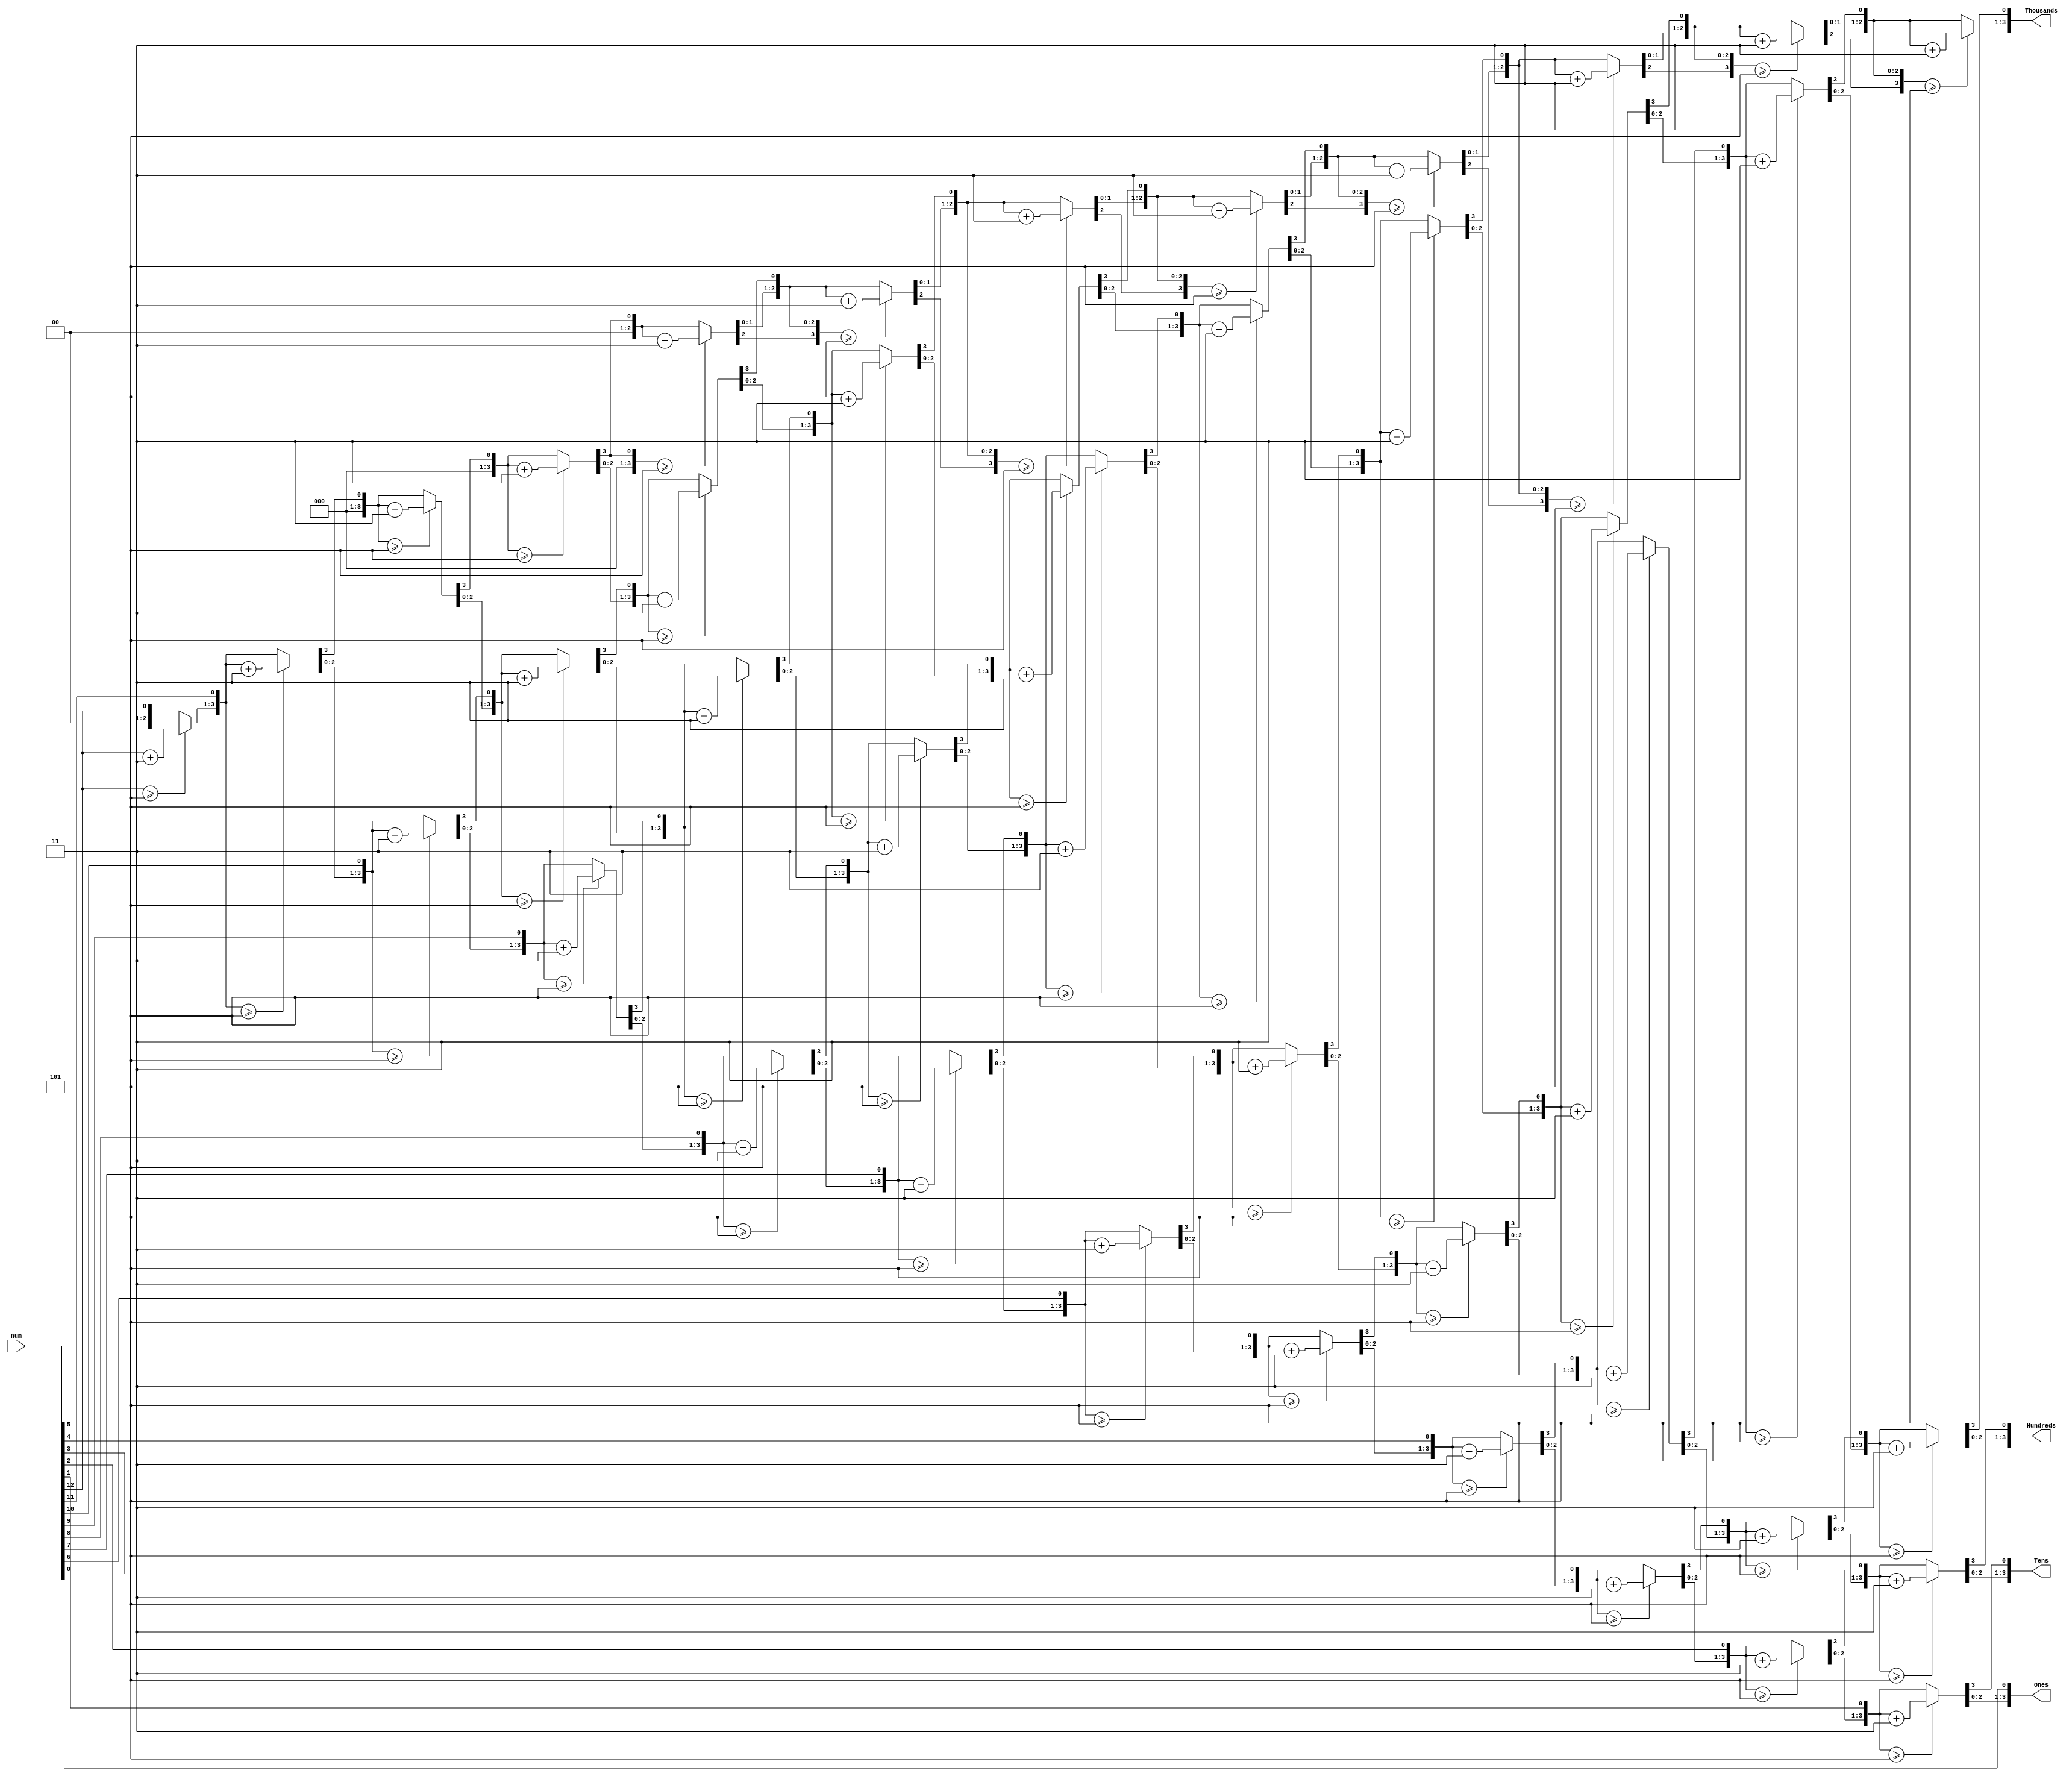
module SevenSegmentOptimizer ( 
input [12:0] num, 
output reg [3:0] Thousands,
output reg [3:0] Hundreds, 
output reg [3:0] Tens, 
output reg [3:0] Ones 
); 
integer i; 
always @(num) 
begin 
//initialization 
Thousands = 4'd0;
Hundreds = 4'd0; 
Tens = 4'd0; 
Ones = 4'd0; 
for (i = 12; i >= 0 ; i = i-1 ) 
begin
if(Thousands >= 5 ) 
Thousands = Thousands + 3;
if(Hundreds >= 5 ) 
Hundreds = Hundreds + 3; 
if (Tens >= 5 ) 
Tens = Tens + 3; 
if (Ones >= 5) 
Ones = Ones +3; 
//shift left one 
Thousands = Thousands << 1;
Thousands [0] = Hundreds [3];
Hundreds = Hundreds << 1; 
Hundreds [0] = Tens [3]; 
Tens = Tens << 1; 
Tens [0] = Ones[3]; 
Ones = Ones << 1; 
Ones[0] = num[i]; 
end 
end 
endmodule